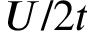
U / 2 t